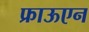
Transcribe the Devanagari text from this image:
फ्राऊएन